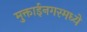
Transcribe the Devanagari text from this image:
मुक्ताईनगरमध्ये